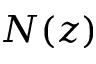
N ( z )